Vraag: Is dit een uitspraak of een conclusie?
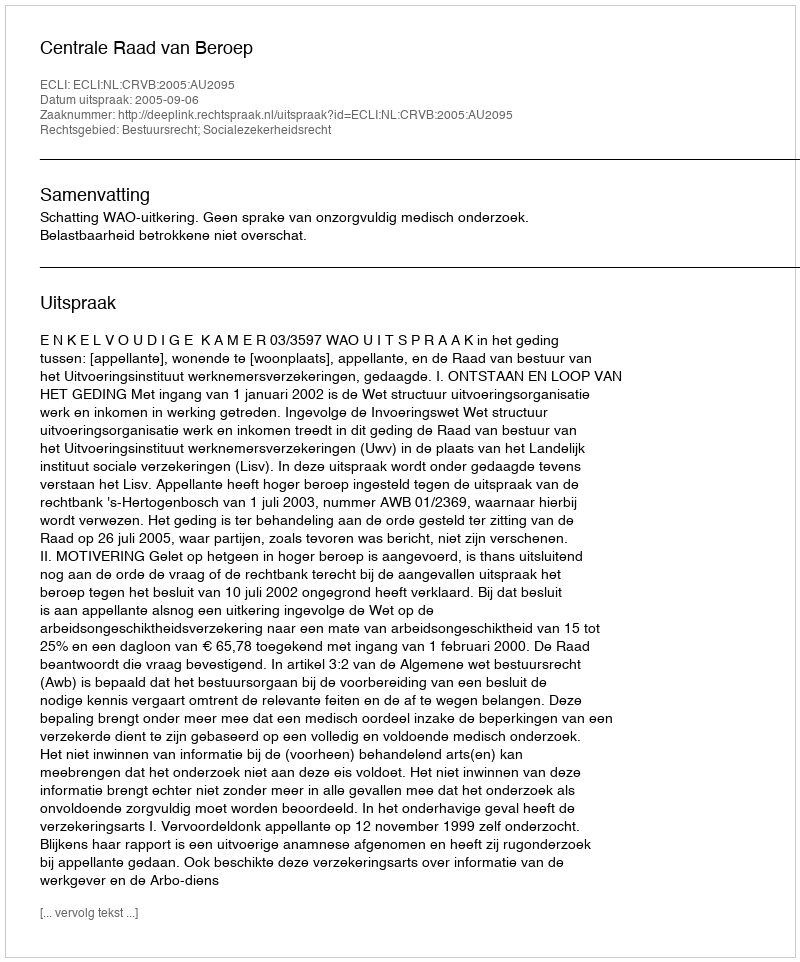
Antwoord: Uitspraak